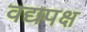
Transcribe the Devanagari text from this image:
वद्यपक्ष